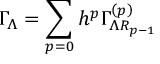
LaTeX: \Gamma _ { \Lambda } = \sum _ { p = 0 } h ^ { p } \Gamma _ { \Lambda R _ { p - 1 } } ^ { \left( p \right) }